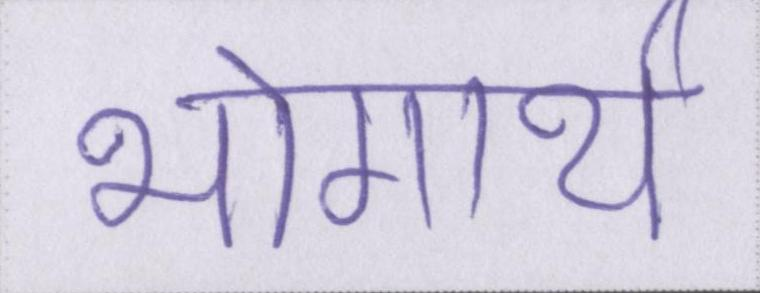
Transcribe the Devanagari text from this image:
भोगार्थ